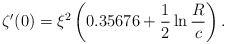
\begin{align*}\zeta'(0)=\xi^2\left(0.35676+\frac{1}{2}\ln\frac{R}{c}\right).\end{align*}